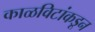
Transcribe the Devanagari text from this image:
काळविटांकडून